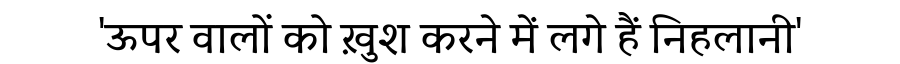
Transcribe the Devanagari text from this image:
'ऊपर वालों को ख़ुश करने में लगे हैं निहलानी'